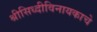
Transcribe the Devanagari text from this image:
श्रीसिध्दीविनायकाचे